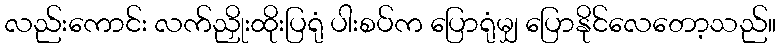
လည်းကောင်း လက်ညှိုးထိုးပြရုံ ပါးစပ်က ပြောရုံမျှ ပြောနိုင်လေတော့သည်။